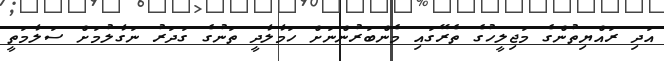
އަދި ރައްޔިތުންގެ މަޖިލީހުގެ ތެރޭގައި މެންބަރުންނަށް ހަމާލާދީ ތަނުގެ ގަދަރު ނަގާލުމަށް ސަލާމަތީ